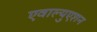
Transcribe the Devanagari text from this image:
एवाल्युएशन